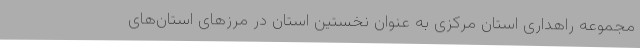
مجموعه راهداری استان مرکزی به عنوان نخستین استان در مرزهای استان‌های